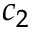
c _ { 2 }